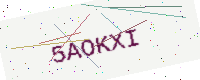
Text: 5AOKXI